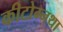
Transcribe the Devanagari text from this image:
कीटोग्नथा